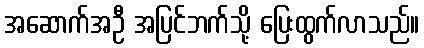
အဆောက်အဦ အပြင်ဘက်သို့ ပြေးထွက်လာသည်။